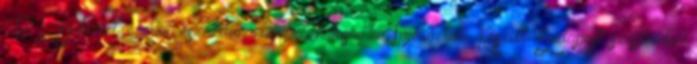
471. Internet: e-mail: eszakdunantuli zoldhatosag.hu Tájékoztató. Készült: Budapest, szeptember